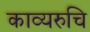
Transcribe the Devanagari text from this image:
काव्यरुचि